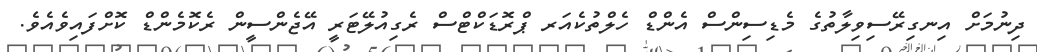
ދިނުމަށް އިނގިރޭސިވިލާތުގެ މެޑިސިންސް އެންޑް ހެލްތުކެއަރ ޕްރޮޑަކްޓްސް ރެގިއުލޭޓަރީ އޭޖެންސީން ރެކޮމެންޑް ކޮށްފައިވެއެވެ.